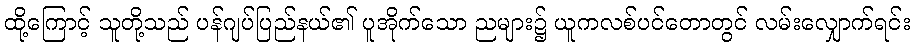
ထို့ကြောင့် သူတို့သည် ပန်ဂျပ်ပြည်နယ်၏ ပူအိုက်သော ညများ၌ ယူကလစ်ပင်တောတွင် လမ်းလျှောက်ရင်း